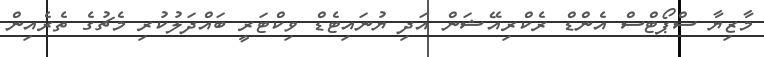
މާޒިޔާ ސްޕޯޓްސް އެންޑް ރެކްރިއޭޝަން އަދި ޔުނައިޓެޑް ވިކްޓަރީ ބައްދަލުކުރި މެޗުގެ ތެރެއިން